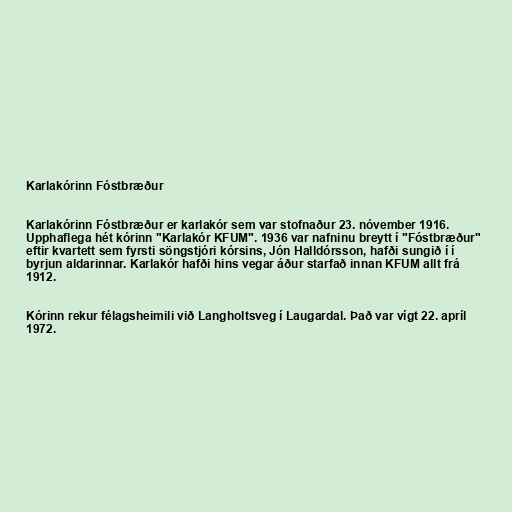
Karlakórinn Fóstbræður

Karlakórinn Fóstbræður er karlakór sem var stofnaður 23. nóvember 1916.
Upphaflega hét kórinn "Karlakór KFUM". 1936 var nafninu breytt í "Fóstbræður"
eftir kvartett sem fyrsti söngstjóri kórsins, Jón Halldórsson, hafði sungið í í
byrjun aldarinnar. Karlakór hafði hins vegar áður starfað innan KFUM allt frá
1912.

Kórinn rekur félagsheimili við Langholtsveg í Laugardal. Það var vígt 22. apríl
1972.